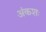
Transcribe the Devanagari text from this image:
अंकशः